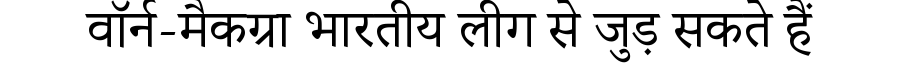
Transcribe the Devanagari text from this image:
वॉर्न-मैकग्रा भारतीय लीग से जुड़ सकते हैं